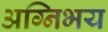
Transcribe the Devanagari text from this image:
अग्निभय